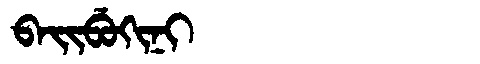
Manchu: ᠪᠠᡳᠪᡠᡴᡳᠨᡳ
Romanization: BAIBUKINI